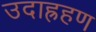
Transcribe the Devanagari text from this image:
उदाह्रहण